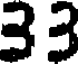
33